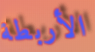
الأربطة